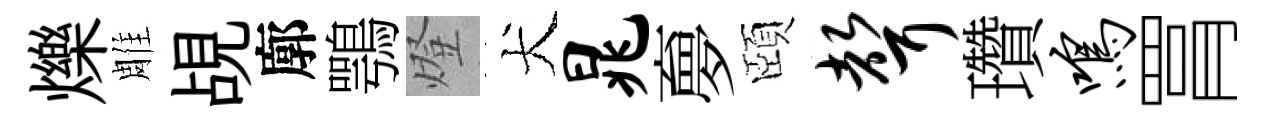
爍雕覘廓鶚燈犬晁夣頤声瓚鸣罥